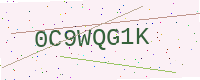
Text: 0C9WQG1K